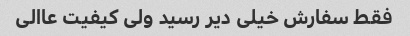
فقط سفارش خیلی دیر رسید ولی کیفیت عاالی